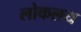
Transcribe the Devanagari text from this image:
लोकलय